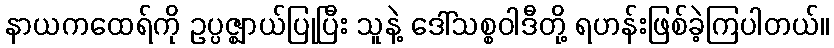
နာယကထေရ်ကို ဥပ္ပဇ္ဈာယ်ပြုပြီး သူနဲ့ ဒေါ်သစ္စဝါဒီတို့ ရဟန်းဖြစ်ခဲ့ကြပါတယ်။